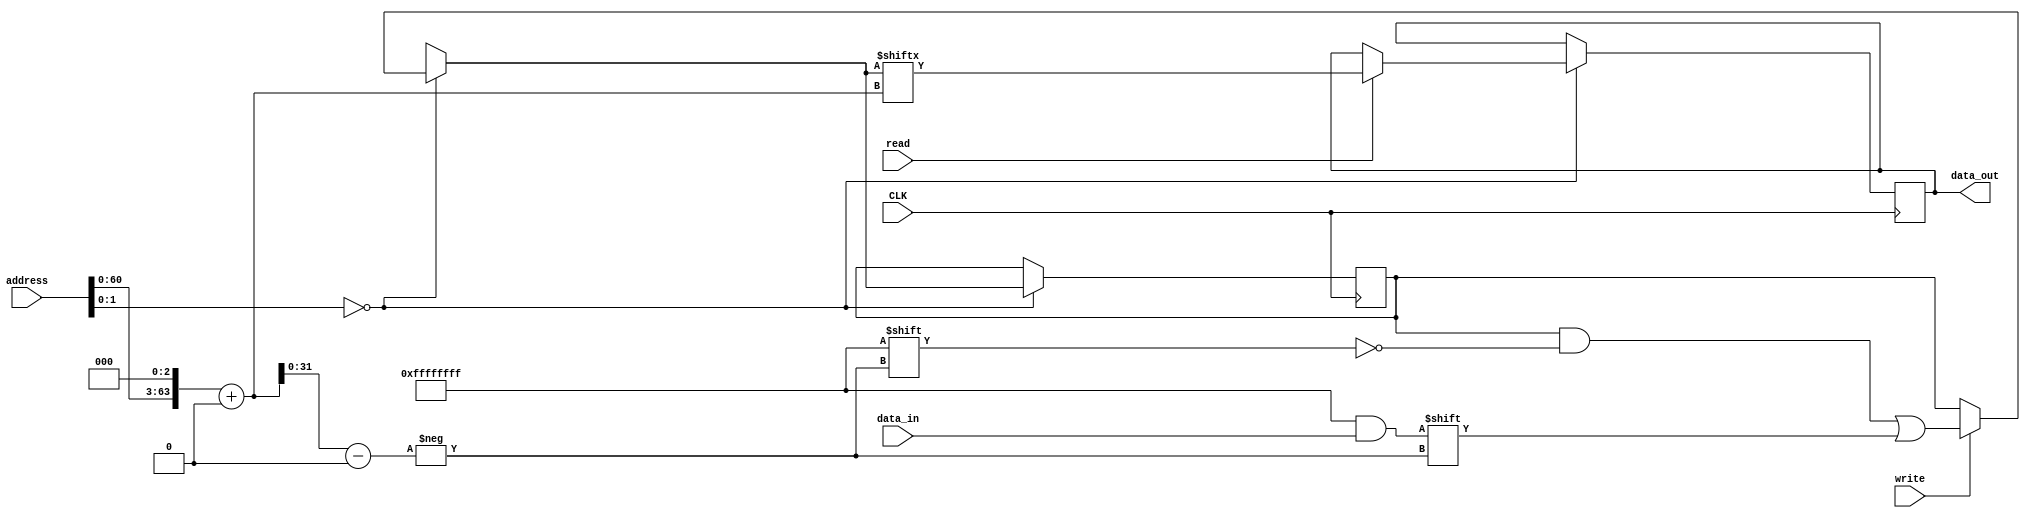
module ram(input [63:0] address,
	   input [31:0] data_in, 
	   input write, 
	   input read, 
	   output [31:0] data_out, 
	   input CLK
	   );
   
   reg [31:0] 	 data_out;

   wire [63:0] 	 address_bits;
   assign address_bits= address<<3;
   
   reg [1023:0] info=0;

   always @(posedge CLK) begin
      //if (address[4:0]==0) begin
      if (address[1:0]==0)begin
	 if (write==1) begin
	    info[address_bits+:32]=data_in;
	 end
	 if (read==1) begin
	    data_out=info[address_bits+:32];
	 end
      end
   end

`ifdef GENERAL
   
   //Escritura de constantes en ram
   always @(CLK) begin
      info [31:0]=1;
      info [63:32]=2;
      info [95:64]=3;
      info [127:96]=4;
      info [159:128]=5;
      
   end
`endif //  `ifdef GENERAL

`ifdef DMA
   always @(CLK) begin
      
      //first address descriptor
      info [95:32]=0; //initial address (to read)
      info [31:16]=5; //length
      info [15:6]=0;
      info [5:0]=6'b010001;//tran, valid.
      //second address descriptor
      info [191:128]=64; //initial address (to write)
      info [127:112]=5; //length
      info [111:102]=0;
      info [101:96]=6'b010001;//tran, valid.
      //third address descriptor
      info [287:224]=0; //address to link
      info [223:208]=0;
      info [207:198]=0;
      info [197:192]=6'b110001; //link, valid
      
   end // always @ (CLK)
   

`endif
   
`ifdef SD_HOST_COMPLETE
   //first address descriptor
     integer i = 0;
     initial begin
     	info [95:32]=24; //initial address (to read)
     	info [31:16]=80; //length
     	info [15:6]=0;
     	info [5:0]=6'b010001;//tran, valid.
     	for(i=127; i<1023; i = i + 32) begin
   	   info [i-:32] =  i*52427+3435973836;
   		
   	end
	info [191:128]=0;
	info [127:112]=0;
	info [111:102]=0;
	info [101:96]=6'b000010;//end comunication
	
     end
   	  
   
`endif   
   
   wire [63:0] scope_00;
   wire [63:0] scope_01;
   wire [63:0] scope_02;
   wire [63:0] scope_03;
   wire [63:0] scope_04;
   wire [63:0] scope_05;
   wire [63:0] scope_06;
   wire [63:0] scope_07;
   wire [63:0] scope_08;
   wire [63:0] scope_09;
   wire [63:0] scope_10;
   wire [63:0] scope_11;
   wire [63:0] scope_12;
   wire [63:0] scope_13;
   wire [63:0] scope_14;
   wire [63:0] scope_15;
			
   
   assign scope_00=info[63:0];
   assign scope_01=info[127:64];
   assign scope_02=info[191:128];
   assign scope_03=info[255:192];
   assign scope_04=info[319:256];
   assign scope_05=info[383:320];
   assign scope_06=info[447:384];
   assign scope_07=info[511:448];
   assign scope_08=info[575:512];
   assign scope_09=info[639:576];
   assign scope_10=info[703:640];
   assign scope_11=info[767:704];
   assign scope_12=info[831:768];
   assign scope_13=info[895:832];
   assign scope_14=info[959:896];
   assign scope_15=info[1023:960];
   
endmodule